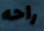
راحه